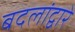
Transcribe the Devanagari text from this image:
बदलांद्वारे